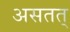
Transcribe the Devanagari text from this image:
असतत्